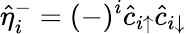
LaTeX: \hat{\eta}_{i}^{-}=(-)^{i}\hat{c}_{i\uparrow}\hat{c}_{i\downarrow}